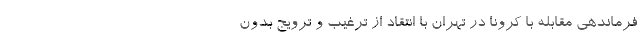
فرماندهی مقابله با کرونا در تهران با انتقاد از ترغیب و ترویج بدون